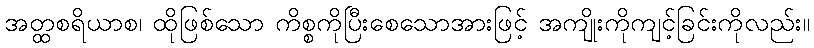
အတ္ထစရိယာစ၊ ထိုဖြစ်သော ကိစ္စကိုပြီးစေသောအားဖြင့် အကျိုးကိုကျင့်ခြင်းကိုလည်း။